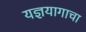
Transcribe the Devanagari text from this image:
यज्ञयागाचा